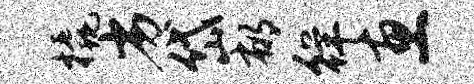
橇劣岱郁徉惠